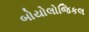
બોયોલોજિકલ